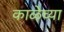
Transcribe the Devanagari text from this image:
काळेच्या